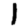
Digit: 1